Vaccination in Bombay 1902-1912 - 1902-1912
Year: 1902
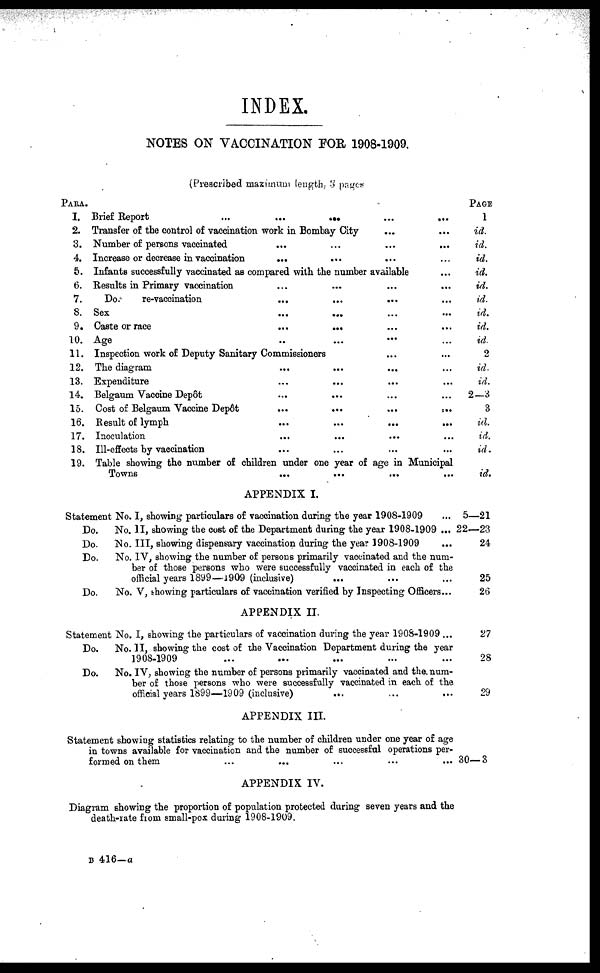
INDEX.
NOTES ON VACCINATION FOR 1908-1909.
(Prescribed maximum length, 3 pages
PARA.
I. Brief Report
...
...
...
2. Transfer of the control of vaccination work in Bombay City ... ...
3. Number of persons vaccinated ... ... ...
4. Increase or decrease in vaccination ... ... ...
5. Infants successfully vaccinated as compared with the number available ...
6. Results in Primary vaccination ... ... ... ...
7.
Do.
re-vaccination ... ... ... ...
8. Sex
...
...
...
...
...
...
9. Caste or race
...
...
...
...
...
10. Age ... ... ... ... ...
11. Inspection work of Deputy Sanitary Commissioners ... ... ... ...
12. The diagram ... ... ... ... ...
13. Expenditure ... ... ... ... ...
14. Belgaum Vaccine Depôt ... ... ... ...
15. Cost of Belgaum Vaccine Depôt
...
...
...
...
16. Result of lymph ... ... ... ... ... ...
17. Inoculation ... ... ... ... ...
18. Ill-effects by vaccination ... ... ... ... ...
19. Table showing the number of children under one year of age in Municipal
Towns
...
...
...
...
APPENDIX I.
Statement No. I, showing particulars of vaccination during the year 1908-1909 ...
Do.
No. II, showing the cost of the Department during the year 1908-1909 ...
Do.
No. III, showing dispensary vaccination during the year 1908-1909 ...
Do.
No. IV, showing the number of persons primarily vaccinated and the num-
ber of those persons who were successfully vaccinated in each of the
official years 1899—1909 (inclusive)
Do.
No. V, showing particulars of vaccination verified by Inspecting Officers...
APPENDIX II.
Statement No. I, showing the particulars of vaccination during the year 190S-1909 ...
Do.
No. II, showing the cost of the Vaccination Department during the year
1908-1909
Do.
No. IV, showing the number of persons primarily vaccinated and the. num-
ber of those persons who were successfully vaccinated in each of the
official years 1899—1909 (inclusive)
APPENDIX III.
Statement showing statistics relating to the number of children under one year of age
in towns available for vaccination and the number of successful operations per-
formed on them
APPENDIX IV.
Diagram showing the proportion of population protected during seven years and the
death-rate from small-pox during 1908-1909.
PAGE
1
id.
id.
id.
id.
id.
id.
id.
id.
id.
2
id.
id.
2—3
3
id.
id.
id.
id.
5—21
22—23
24
25
26
27
28
29
30—3
B 416—a